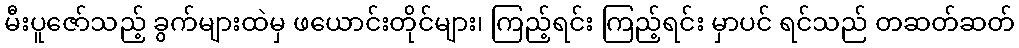
မီးပူဇော်သည့် ခွက်များထဲမှ ဖယောင်းတိုင်များ၊ ကြည့်ရင်း ကြည့်ရင်း မှာပင် ရင်သည် တဆတ်ဆတ်